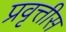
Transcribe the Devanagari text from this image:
प्रवृत्तीस